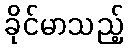
ခိုင်မာသည့်